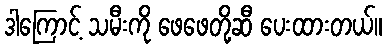
ဒါကြောင့် သမီးကို ဖေဖေတို့ဆီ ပေးထားတယ်။